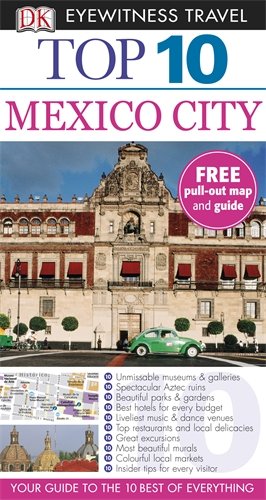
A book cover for DK Eyewitness Top 10 Travel Guide: Mexico City; Nancy Mikula; Travel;